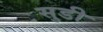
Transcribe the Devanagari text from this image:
सुडी